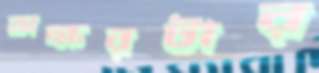
অক্ষরটার